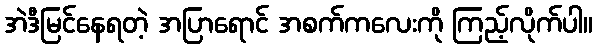
အဲဒီမြင်နေရတဲ့ အပြာရောင် အစက်ကလေးကို ကြည့်လိုက်ပါ။